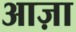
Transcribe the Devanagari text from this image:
आज़ा